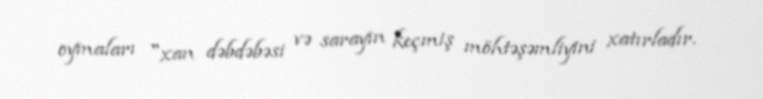
oymaları "xan dəbdəbəsi və sarayın keçmiş möhtəşəmliyini xatırladır.